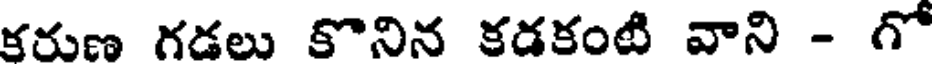
కరుణ గడలు కొనిన కడకంటి వాని - గో